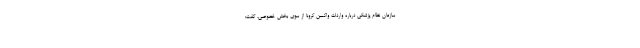
سازمان نظام پزشکی درباره واردات واکسن کرونا از سوی بخش خصوصی، گفت: